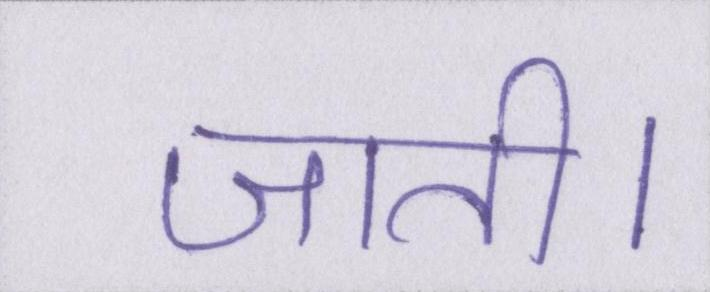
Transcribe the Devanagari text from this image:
जाती।